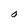
Character: O